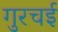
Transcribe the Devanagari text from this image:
गुरचई